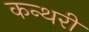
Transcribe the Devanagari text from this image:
कन्थरी